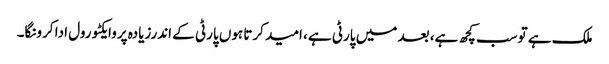
ملک ہے توسب کچھ ہے، بعد میں پارٹی ہے، امید کرتا ہوں پارٹی کے اندرزیادہ پروایکٹو رول ادا کرونگا۔